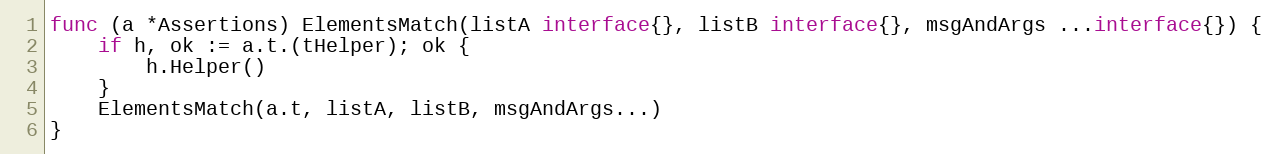
Language: Go
func (a *Assertions) ElementsMatch(listA interface{}, listB interface{}, msgAndArgs ...interface{}) {
	if h, ok := a.t.(tHelper); ok {
		h.Helper()
	}
	ElementsMatch(a.t, listA, listB, msgAndArgs...)
}